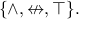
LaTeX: \{ \land , \nleftrightarrow , \top \} .